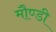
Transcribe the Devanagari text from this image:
मौण्डी